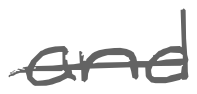
Text: and
Cross-out: single-line
Writing tool: digital_gray